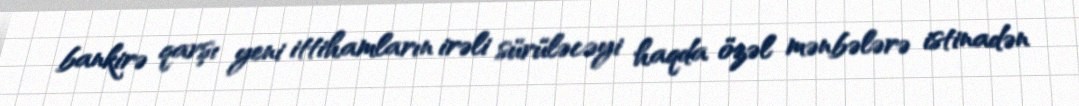
bankirə qarşı yeni ittihamların irəli sürüləcəyi haqda özəl mənbələrə istinadən